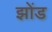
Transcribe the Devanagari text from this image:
झोंड